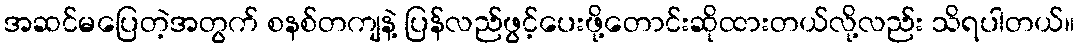
အဆင်မပြေတဲ့အတွက် စနစ်တကျနဲ့ ပြန်လည်ဖွင့်ပေးဖို့တောင်းဆိုထားတယ်လို့လည်း သိရပါတယ်။